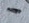
Text: -